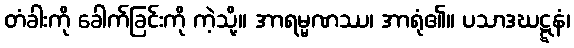
တံခါးကို ခေါက်ခြင်းကို ကဲ့သို့။ အာရမ္မဏဿ၊ အာရုံ၏။ ပသာဒဃဋ္ဋနံ၊